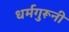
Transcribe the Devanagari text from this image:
धर्मगुरूनी